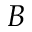
B